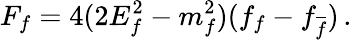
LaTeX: F_{f}=4(2E_{f}^{2}-m_{f}^{2})(f_{f}-f_{\overline{{f}}})\, .